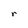
Character: r